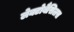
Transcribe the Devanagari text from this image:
लेक्टोबैसिलस